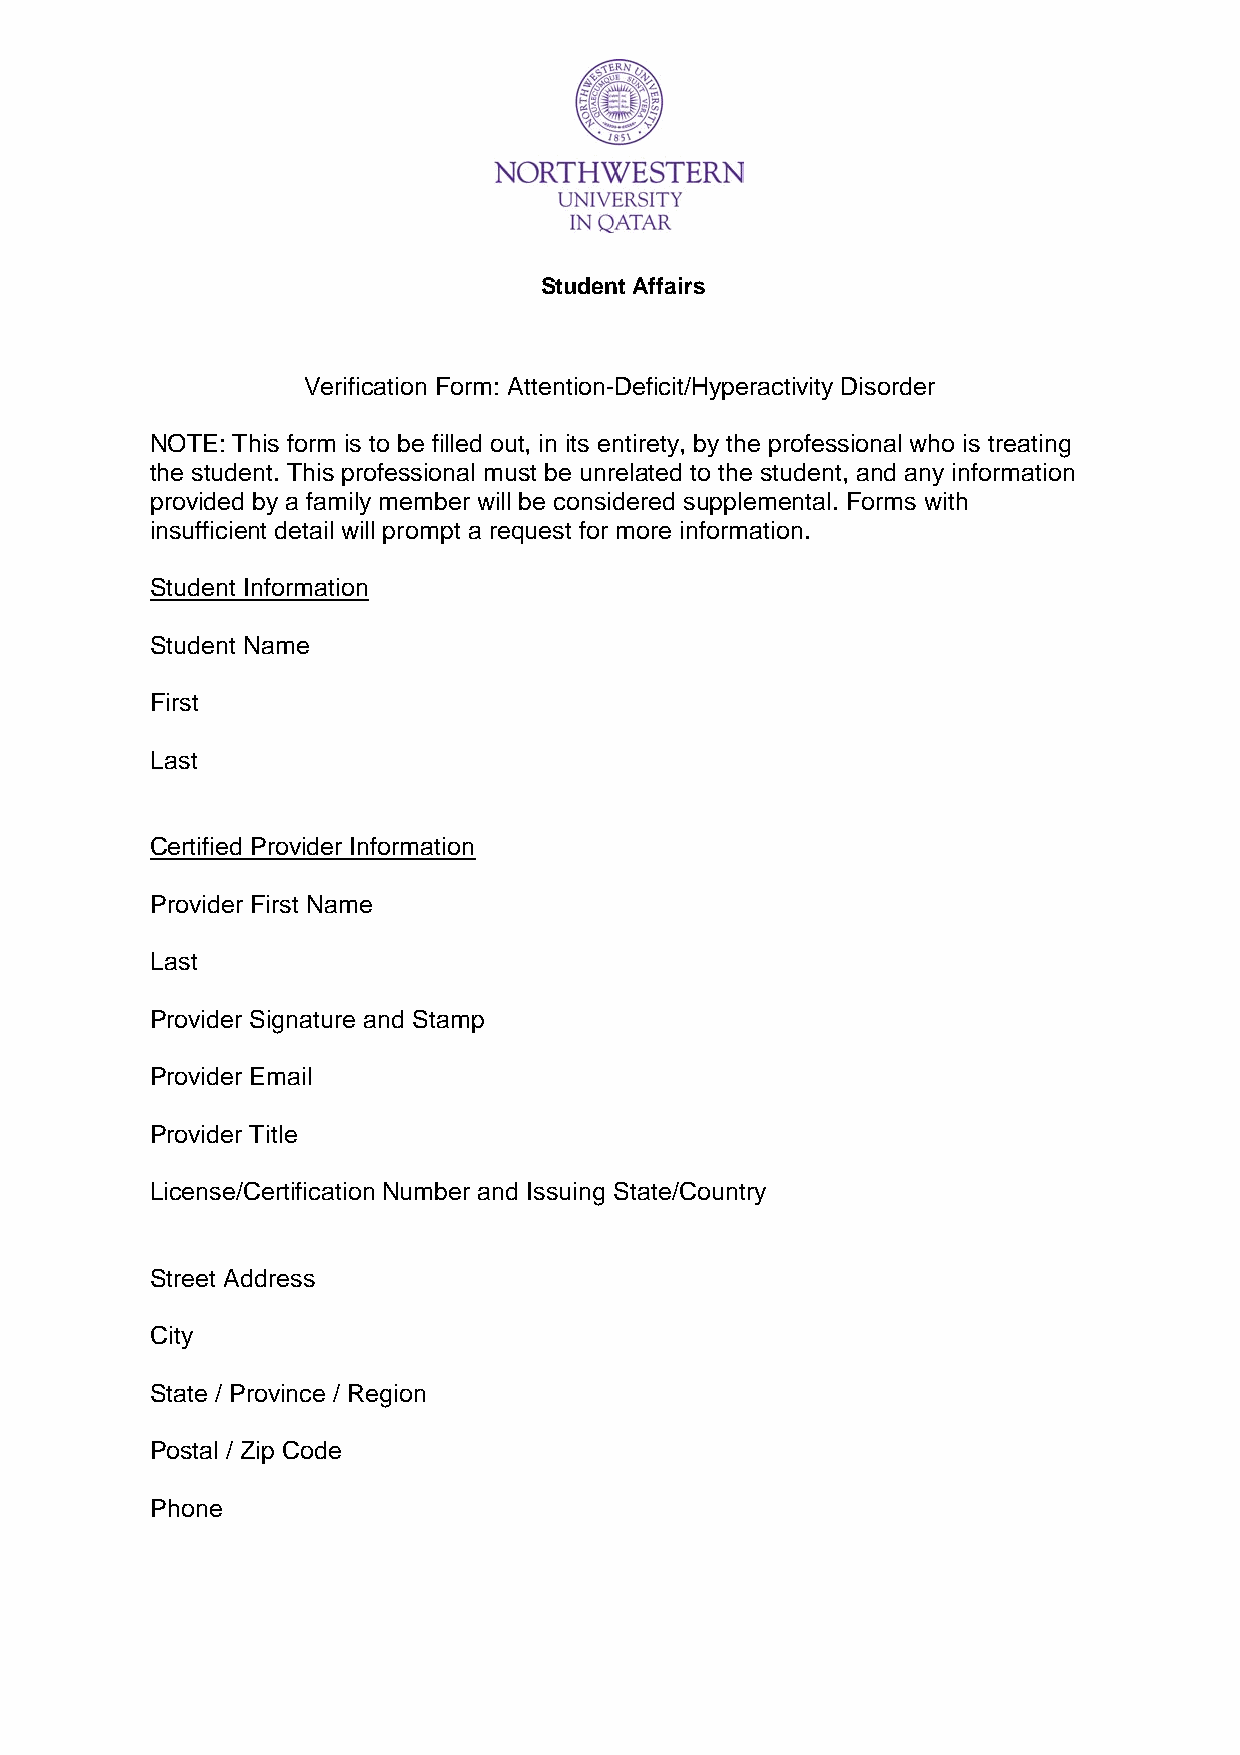
Student Affairs
 Verification Form: Attention-Deficit/Hyperactivity Disorder
 NOTE: This form is to be filled out, in its entirety, by the professional who is treating
 the student. This professional must be unrelated to the student, and any information
 provided by a family member will be considered supplemental. Forms with
 insufficient detail will prompt a request for more information.
 Student Information
 Student Name
 First
 Last
 Certified Provider Information
 Provider First Name
 Last
 Provider Signature and Stamp
 Provider Email
 Provider Title
 License/Certification Number and Issuing State/Country
 Street Address
 City
 State / Province / Region
 Postal / Zip Code
 Phone